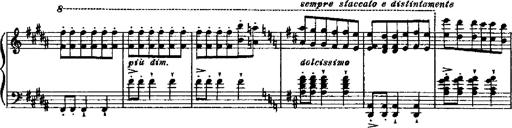
Title: RÃ©miniscences de Robert le diable
Composer: Franz Liszt